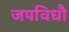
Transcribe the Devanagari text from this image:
जपविधौ